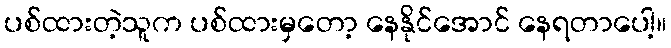
ပစ်ထားတဲ့သူက ပစ်ထားမှတော့ နေနိုင်အောင် နေရတာပေါ့။